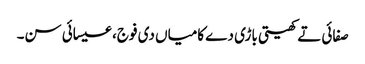
صفائی تے کھیتی باڑی دے کامیاں دی فوج، عیسائی سن۔